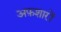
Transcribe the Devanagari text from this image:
अफ़शारों